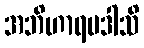
အဘိဟာရမဒါသိ